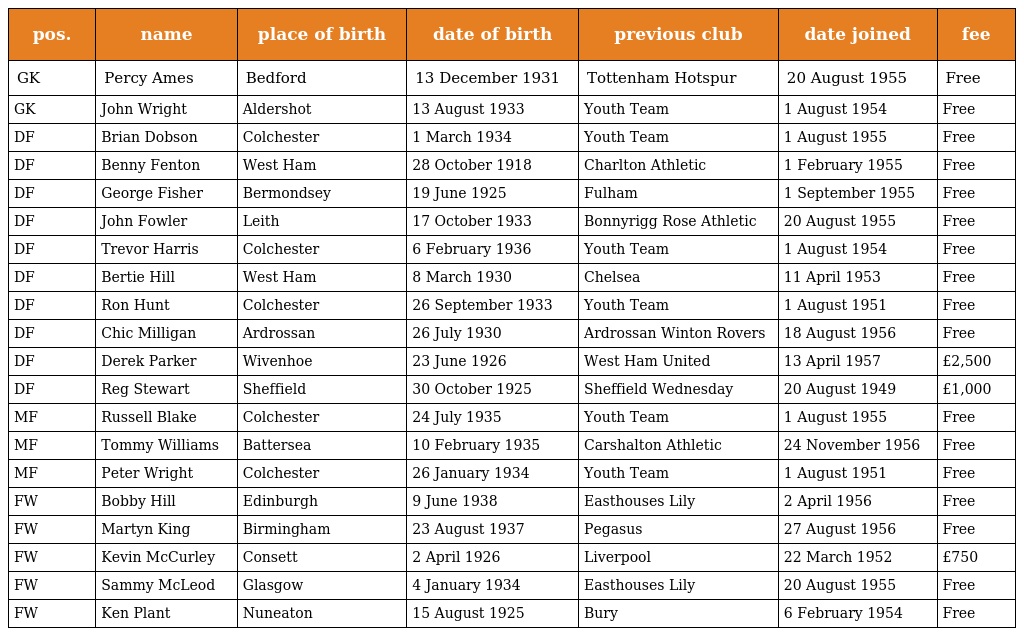
| pos. | name | place of birth | date of birth | previous club | date joined | fee |
 | --- | --- | --- | --- | --- | --- | --- |
 | GK | Percy Ames | Bedford | 13 December 1931 | Tottenham Hotspur | 20 August 1955 | Free |
 | GK | John Wright | Aldershot | 13 August 1933 | Youth Team | 1 August 1954 | Free |
 | DF | Brian Dobson | Colchester | 1 March 1934 | Youth Team | 1 August 1955 | Free |
 | DF | Benny Fenton | West Ham | 28 October 1918 | Charlton Athletic | 1 February 1955 | Free |
 | DF | George Fisher | Bermondsey | 19 June 1925 | Fulham | 1 September 1955 | Free |
 | DF | John Fowler | Leith | 17 October 1933 | Bonnyrigg Rose Athletic | 20 August 1955 | Free |
 | DF | Trevor Harris | Colchester | 6 February 1936 | Youth Team | 1 August 1954 | Free |
 | DF | Bertie Hill | West Ham | 8 March 1930 | Chelsea | 11 April 1953 | Free |
 | DF | Ron Hunt | Colchester | 26 September 1933 | Youth Team | 1 August 1951 | Free |
 | DF | Chic Milligan | Ardrossan | 26 July 1930 | Ardrossan Winton Rovers | 18 August 1956 | Free |
 | DF | Derek Parker | Wivenhoe | 23 June 1926 | West Ham United | 13 April 1957 | £2,500 |
 | DF | Reg Stewart | Sheffield | 30 October 1925 | Sheffield Wednesday | 20 August 1949 | £1,000 |
 | MF | Russell Blake | Colchester | 24 July 1935 | Youth Team | 1 August 1955 | Free |
 | MF | Tommy Williams | Battersea | 10 February 1935 | Carshalton Athletic | 24 November 1956 | Free |
 | MF | Peter Wright | Colchester | 26 January 1934 | Youth Team | 1 August 1951 | Free |
 | FW | Bobby Hill | Edinburgh | 9 June 1938 | Easthouses Lily | 2 April 1956 | Free |
 | FW | Martyn King | Birmingham | 23 August 1937 | Pegasus | 27 August 1956 | Free |
 | FW | Kevin McCurley | Consett | 2 April 1926 | Liverpool | 22 March 1952 | £750 |
 | FW | Sammy McLeod | Glasgow | 4 January 1934 | Easthouses Lily | 20 August 1955 | Free |
 | FW | Ken Plant | Nuneaton | 15 August 1925 | Bury | 6 February 1954 | Free |